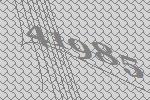
41985